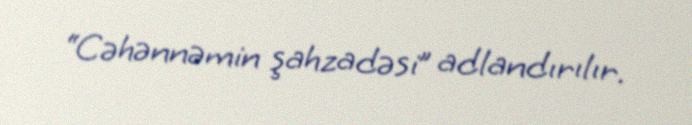
“Cəhənnəmin şahzadəsi” adlandırılır.